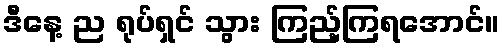
ဒီနေ့ ည ရုပ်ရှင် သွား ကြည့်ကြရအောင်။